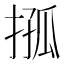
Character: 𢮩